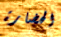
الحضارة